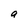
Character: a